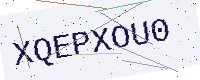
Text: XQEPXOU0